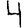
Digit: 4